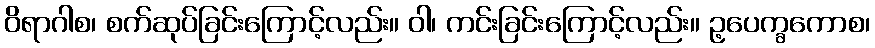
ဝိရာဂါစ၊ စက်ဆုပ်ခြင်းကြောင့်လည်း။ ဝါ၊ ကင်းခြင်းကြောင့်လည်း။ ဥ့ပေက္ခကောစ၊